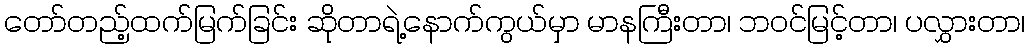
တော်တည့်ထက်မြက်ခြင်း ဆိုတာရဲ့နောက်ကွယ်မှာ မာနကြီးတာ၊ ဘဝင်မြင့်တာ၊ ပလွှားတာ၊